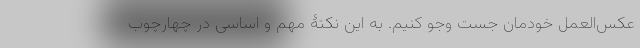
عکس‌العمل خودمان جست وجو کنیم. به این نکتۀ مهم و اساسی در چهارچوب